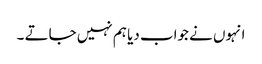
انہوں نے جواب دیا ہم نہیں جاتے ۔